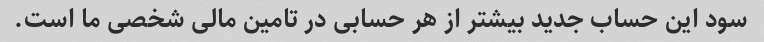
سود این حساب جدید بیشتر از هر حسابی در تامین مالی شخصی ما است.